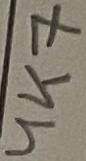
Text: R3